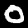
Label: 0